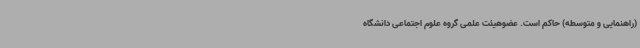
(راهنمایی و متوسطه) حاکم است. عضوهیئت علمی گروه علوم اجتماعی دانشگاه